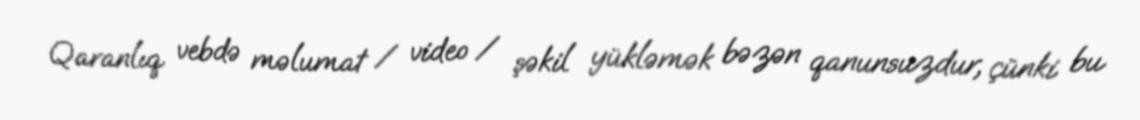
Qaranlıq vebdə məlumat / video / şəkil yükləmək bəzən qanunsuzdur, çünki bu